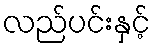
လည်ပင်းနှင့်